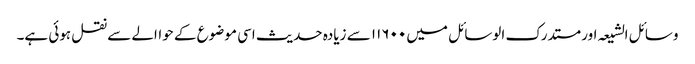
وسائل الشیعہ اور مستدرک الوسائل میں ۱۱۶۰۰ سے زیادہ حدیث اسی موضوع کے حواالے سے نقل ہوئی ہے۔